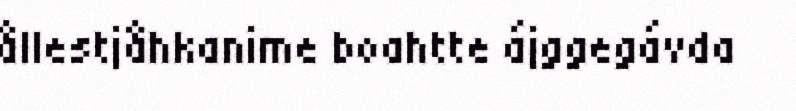
ållestjåhkanime boahtte ájggegávda